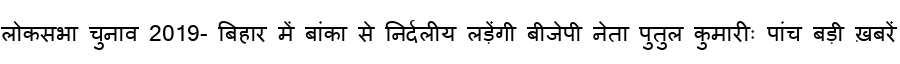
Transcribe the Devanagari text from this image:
लोकसभा चुनाव 2019- बिहार में बांका से निर्दलीय लड़ेंगी बीजेपी नेता पुतुल कुमारीः पांच बड़ी ख़बरें